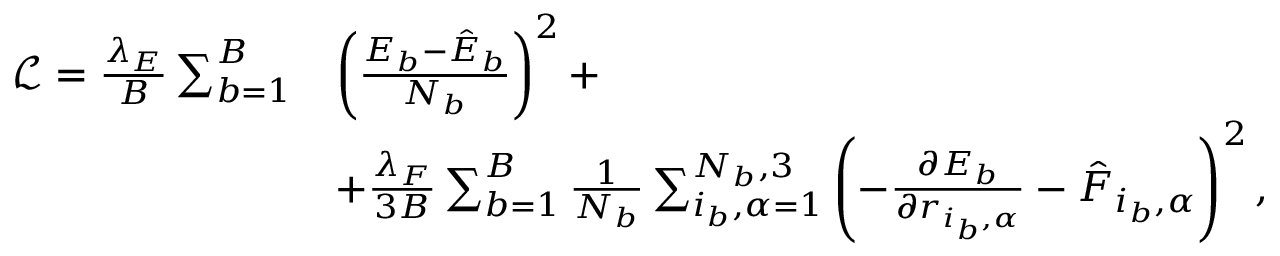
\begin{array} { r l } { \mathcal { L } = \frac { \lambda _ { E } } { B } \sum _ { b = 1 } ^ { B } } & { \left( \frac { E _ { b } - \hat { E } _ { b } } { N _ { b } } \right) ^ { 2 } + } \\ & { + \frac { \lambda _ { F } } { 3 B } \sum _ { b = 1 } ^ { B } \frac { 1 } { N _ { b } } \sum _ { i _ { b } , \alpha = 1 } ^ { N _ { b } , 3 } \left( - \frac { \partial E _ { b } } { \partial r _ { i _ { b } , \alpha } } - \hat { F } _ { i _ { b } , \alpha } \right) ^ { 2 } , } \end{array}